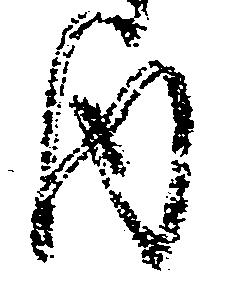
内